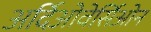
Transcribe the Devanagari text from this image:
अर्दिओवेर्सिओन